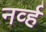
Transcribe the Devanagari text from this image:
नर्व्ह